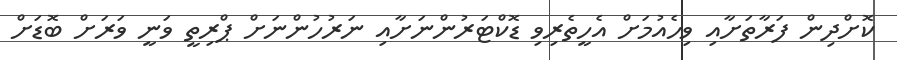
ކޮށްދިން ފަރާތަށާއި ވިހެއުމަށް އެހީތެރިވި ޑޮކްޓަރުންނަށާއި ނަރުހުންނަށް ޕްރިތީ ވަނީ ވަރަށް ބޮޑަށް